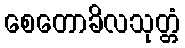
စေတောခိလသုတ္တံ